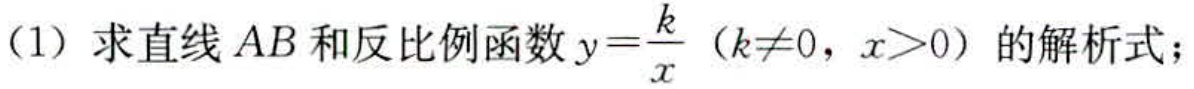
（1）求直线\(AB\)和反比例函数\(y = \frac{k}{x}(k\neq0,x > 0)\)的解析式；